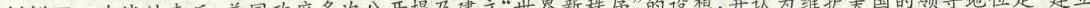
材料三 冷战结束后，美国政府多次公开提及建立”世界新秩序”的设想，并认为维护美国的领导地位是”建立